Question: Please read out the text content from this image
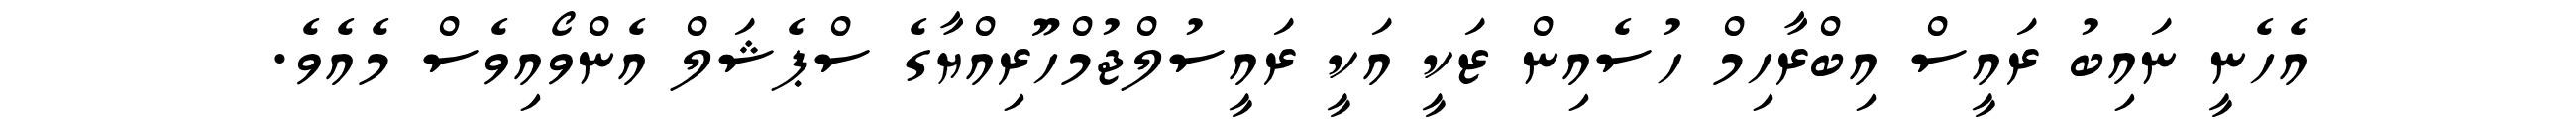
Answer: އެހެނީ ނައިބު ރައީސް އިބްރާހިމް ހުސެއިން ޒަކީ އަކީ ރައީސުލްޖުމްހޫރިއްޔާގެ ސްޕެޝަލް އެންވޯއިވެސް މެއެވެ.